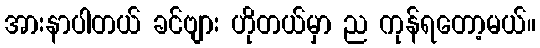
အားနာပါတယ် ခင်ဗျား ဟိုတယ်မှာ ည ကုန်ရတော့မယ်။